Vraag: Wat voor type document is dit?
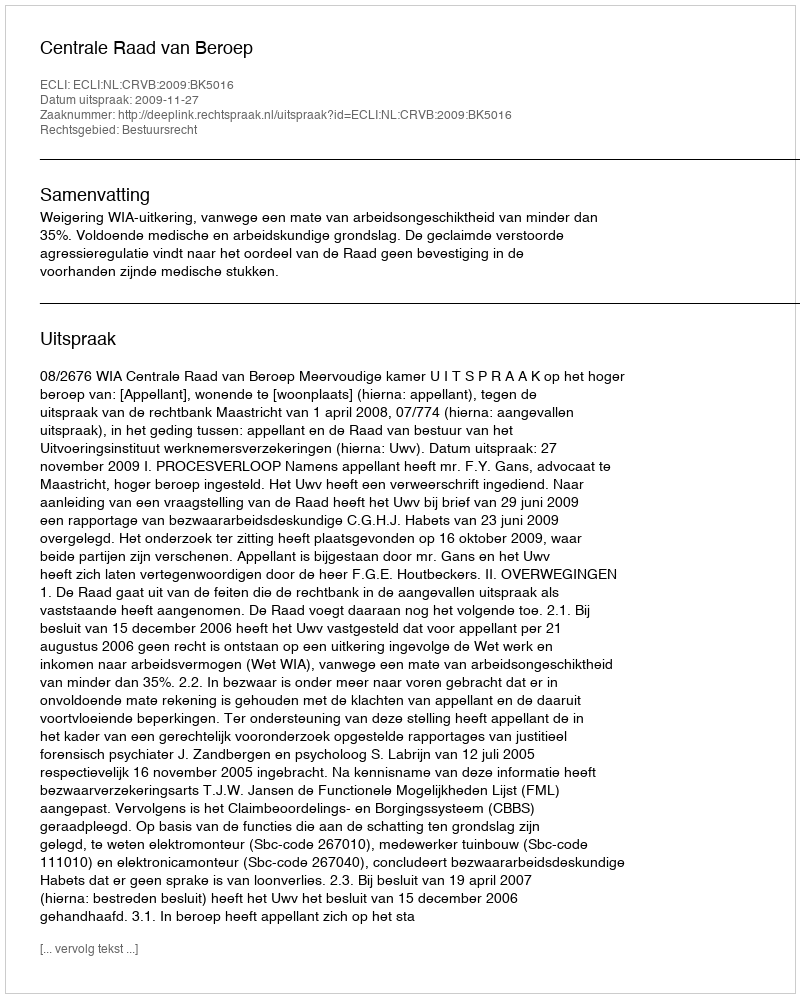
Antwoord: Uitspraak